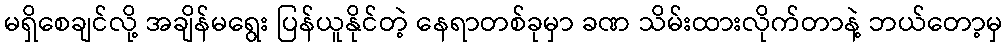
မရှိစေချင်လို့ အချိန်မရွေး ပြန်ယူနိုင်တဲ့ နေရာတစ်ခုမှာ ခဏ သိမ်းထားလိုက်တာနဲ့ ဘယ်တော့မှ